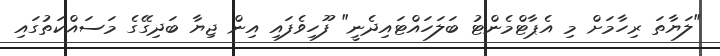
"ލަޔާތަ ރިހާމަށް މި އެޕާޓްމެންޓު ބަލަހައްޓައިދެނީ" ފޫހިވެފައި އިން ޖިޔާ ބަދިގޭގެ މަސައްކަތުގައި